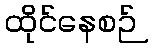
ထိုင်နေစဉ်